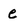
Character: e